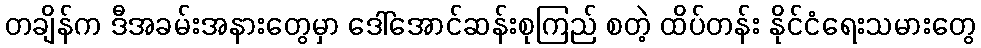
တချိန်က ဒီအခမ်းအနားတွေမှာ ဒေါ်အောင်ဆန်းစုကြည် စတဲ့ ထိပ်တန်း နိုင်ငံရေးသမားတွေ